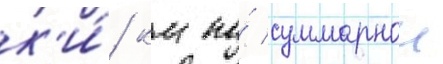
к'и́/ км по́ суммарнои